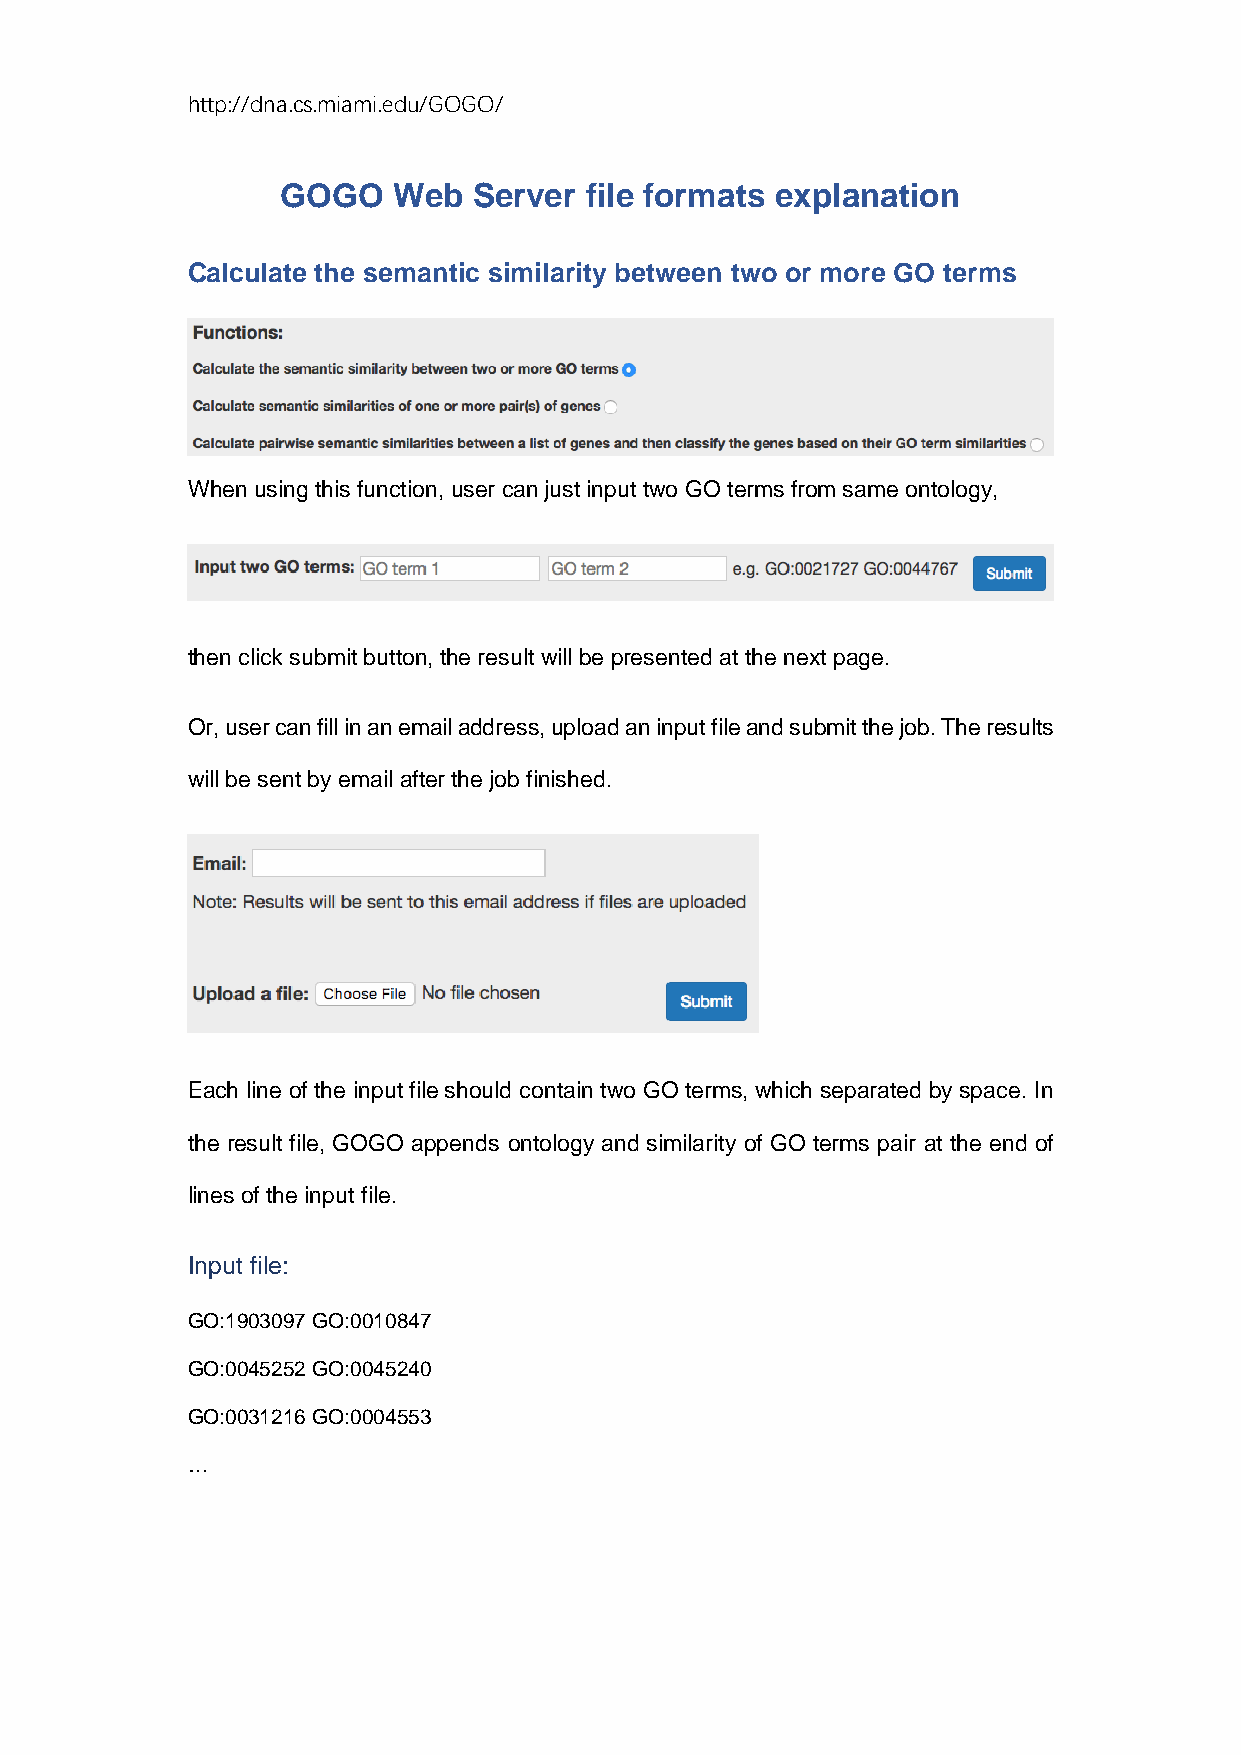
http://dna.cs.miami.edu/GOGO/
 GOGO   Web  Server  file formats explanation
 Calculate the semantic similarity between two or more GO terms
 When using this function, user can just input two GO terms from same ontology,
 then click submit button, the result will be presented at the next page.
 Or, user can fill in an email address, upload an input file and submit the job. The results
 will be sent by email after the job finished.
 Each line of the input file should contain two GO terms, which separated by space. In
 the result file, GOGO appends ontology and similarity of GO terms pair at the end of
 lines of the input file.
 Input file:
 GO:1903097 GO:0010847
 GO:0045252 GO:0045240
 GO:0031216 GO:0004553
 …